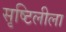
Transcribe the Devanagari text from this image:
सृष्टिलीला